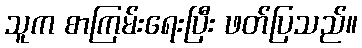
သူက စာကြမ်းရေးပြီး ဖတ်ပြသည်။